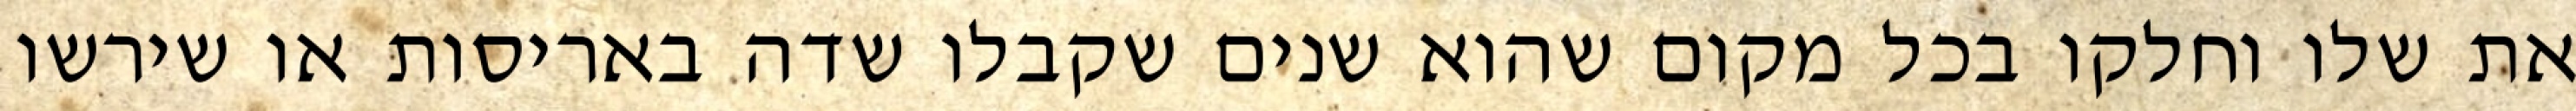
את שלו וחלקו בכל מקום שהוא שנים שקבלו שדה באריסות או שירשו